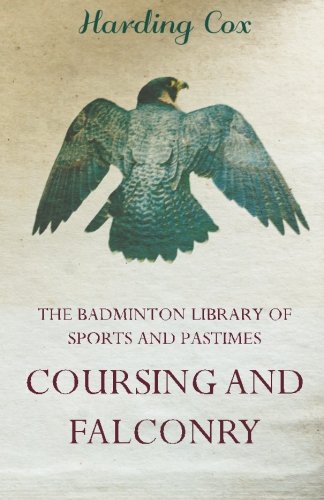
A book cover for COURSING AND FALCONRY (Badminton Library of Sports and Pastimes); Harding Cox; Sports & Outdoors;